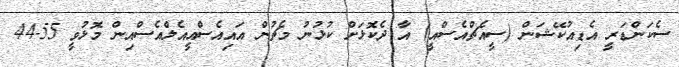
ސެކަންޑަރީ އެޑިއުކޭޝަން (ސީއެޗްއެސްއީ) އާ ދެކޮޅަށް ކުޅުނު މެޗުން އައިއެސްއީއެލްއެސްއިން މޮޅުވީ 55-44